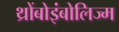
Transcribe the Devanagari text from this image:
थ्रोंबोइंबोलिज्म